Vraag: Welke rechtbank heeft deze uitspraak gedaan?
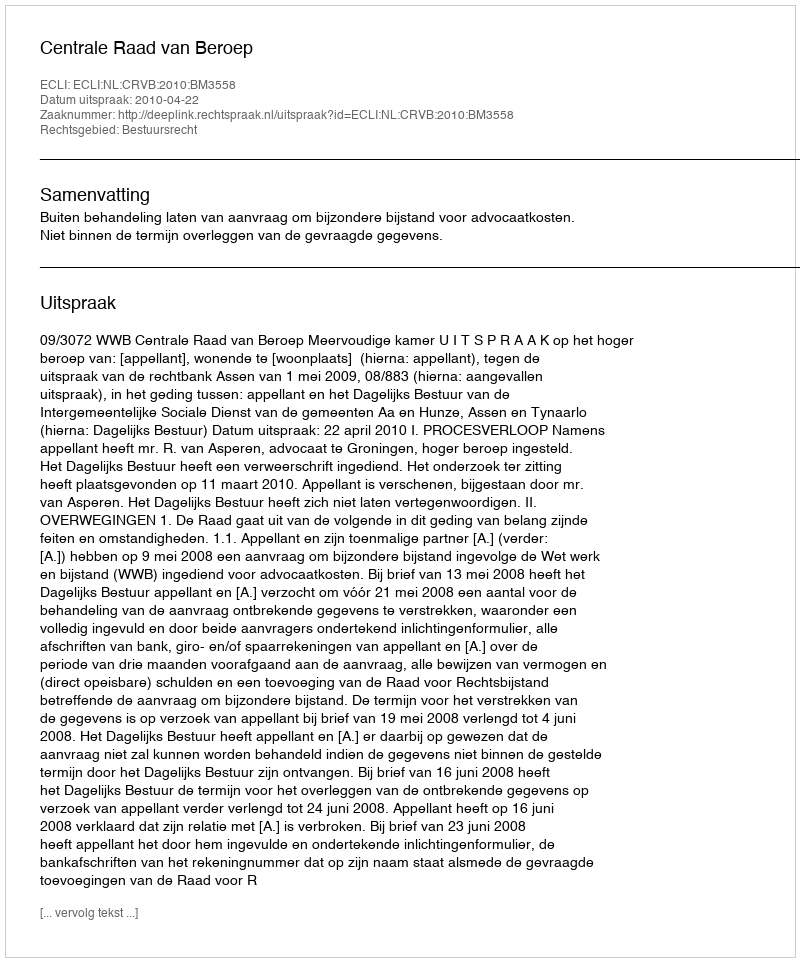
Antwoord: Centrale Raad van Beroep